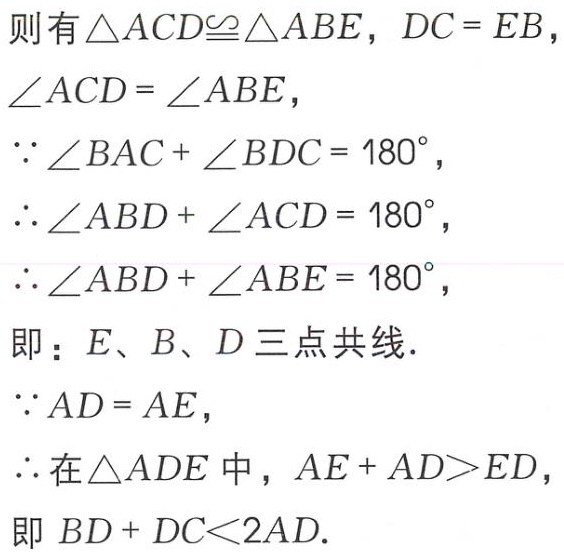
则有$\triangle ACD\cong\triangle ABE$，$DC = EB$，
$\angle ACD = \angle ABE$，
$\because\angle BAC + \angle BDC = 180^{\circ}$，
$\therefore\angle ABD + \angle ACD = 180^{\circ}$，
$\therefore\angle ABD + \angle ABE = 180^{\circ}$，
即：$E、B、D$三点共线.
$\because AD = AE$，
$\therefore$在$\triangle ADE$中，$AE + AD>ED$，
即$BD + DC<2AD$.